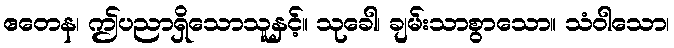
ဧတေန၊ ဤပညာရှိသောသူနှင့်။ သုခေါ၊ ချမ်းသာစွာသော။ သံဝါသော၊